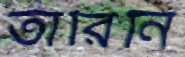
তারিনি